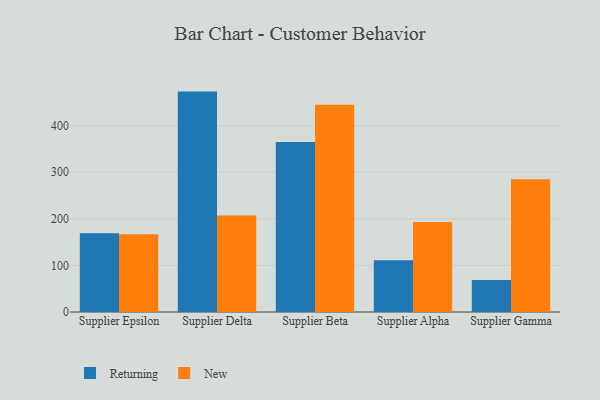
{"axis": {"x": "Supplier", "y": "Operating Costs (USD K)"}, "legend": ["New", "Returning"], "data": [{"x": "Supplier Epsilon", "y": 168.8, "type": "Returning"}, {"x": "Supplier Epsilon", "y": 166.9, "type": "New"}, {"x": "Supplier Delta", "y": 473.0, "type": "Returning"}, {"x": "Supplier Delta", "y": 207.0, "type": "New"}, {"x": "Supplier Beta", "y": 364.6, "type": "Returning"}, {"x": "Supplier Beta", "y": 444.8, "type": "New"}, {"x": "Supplier Alpha", "y": 110.8, "type": "Returning"}, {"x": "Supplier Alpha", "y": 193.1, "type": "New"}, {"x": "Supplier Gamma", "y": 68.5, "type": "Returning"}, {"x": "Supplier Gamma", "y": 285.0, "type": "New"}]}